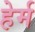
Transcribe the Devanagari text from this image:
हेर्म